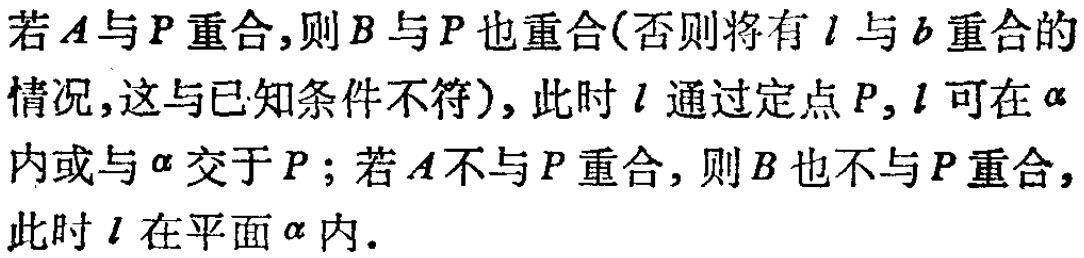
若\(A\)与\(P\)重合,则\(B\)与\(P\)也重合(否则将有\(l\)与\(b\)重合的情况,这与已知条件不符), 此时\(l\)通过定点\(P\), \(l\)可在\(\alpha\)内或与\(\alpha\)交于\(P\)；若\(A\)不与\(P\)重合, 则\(B\)也不与\(P\)重合, 此时\(l\)在平面\(\alpha\)内.